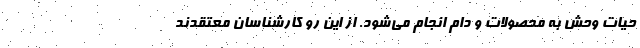
حیات وحش به محصولات و دام انجام می‌شود. از این رو کارشناسان معتقدند